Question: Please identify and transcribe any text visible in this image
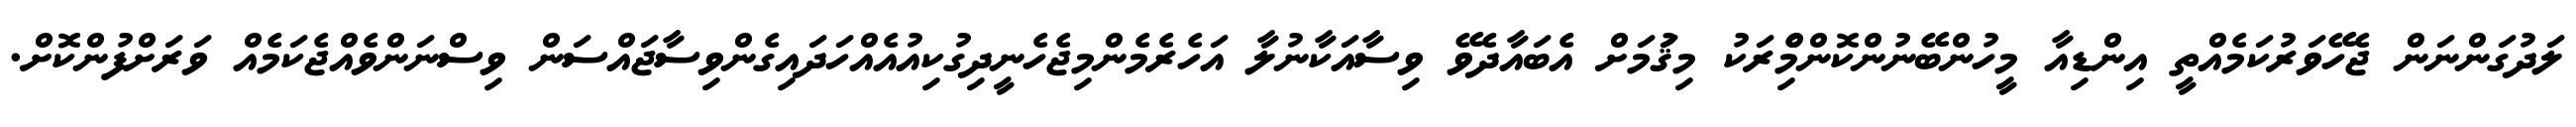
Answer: ލަދުގަންނަން ޖެހޭވަރުކަމެއްތީ އިންޑިއާ މީހުންބޭނުންކޮންމެްިރަކު މިޤަުމަށް އެބައާދެވޭ ވިސާއަކާނުލާ އަހެރެމެންމިޖެހެނީދިގުކިއުއެއްހަދައިގެންވިސާޖައްސަން ވިސްނަންވެއްޖެކަމެއް ވަރަށްފުންކޮށް.